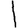
Digit: 1